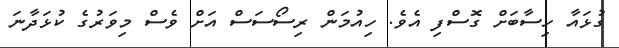
ގުޅައާ ހިސާބަށް ގޮސްފި އެވެ. ހިއުމަން ރިސޯސަސް އަށް ވެސް މިވަރުގެ ކުޅަދާނަ